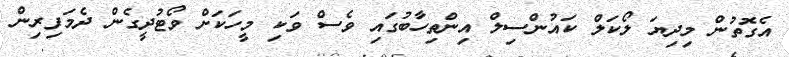
އެގޮތުން މިދިޔަ ލޯކަލް ކައުންސިލް އިންތިހާބުގައި ވެސް ވަކި މީހަކަށް ވޯޓުދީގެން ދެމަފިރިން